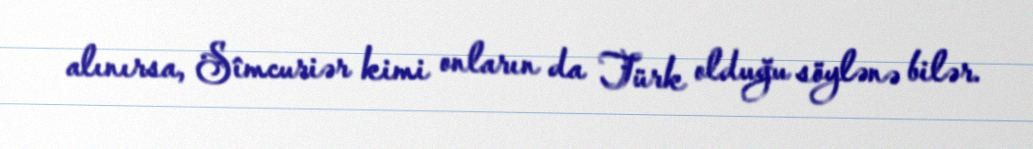
alınırsa, Sîmcuriər kimi onların da Türk olduğu söylənə bilər.